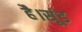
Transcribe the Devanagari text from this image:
है।सूंड